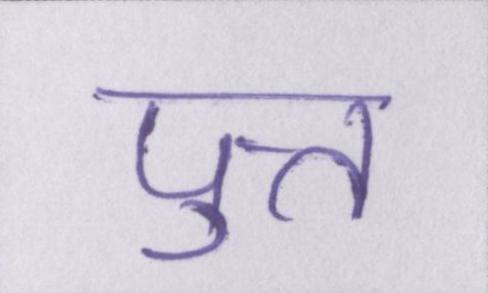
पुत्त